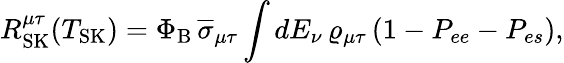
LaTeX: R_{\mathrm{SK}}^{\mu\tau}(T_{\mathrm{SK}})=\Phi_{\mathrm{B}}\, \overline{{\sigma}}_{\mu\tau}\int dE_{\nu}\, \varrho_{\mu\tau}\, (1-P_{ee}-P_{es}),